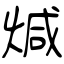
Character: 煘